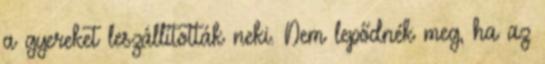
a gyereket leszállították neki. Nem lepődnék meg, ha az